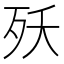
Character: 殀